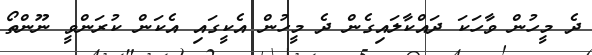
ދެ މީހުން ވާހަކަ ދައްކާލައިގެން ދެ މީހުން އެކީގައި އެކަން ކުރަންވީ ނޫންތޯ